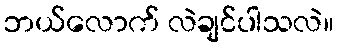
ဘယ်လောက် လဲချင်ပါသလဲ။